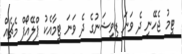
ޓީމު ޖެހޭނީ ދެ ވަނަ ޑިވިޝަނުގެ ދެ ވަނަ ޓީމާއެކު ޕްލޭއޯފް މެޗެއް